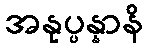
အနုပ္ပန္နာနိ